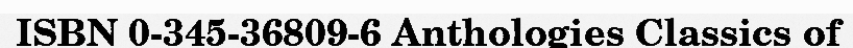
ISBN 0-345-36809-6 Anthologies Classics of